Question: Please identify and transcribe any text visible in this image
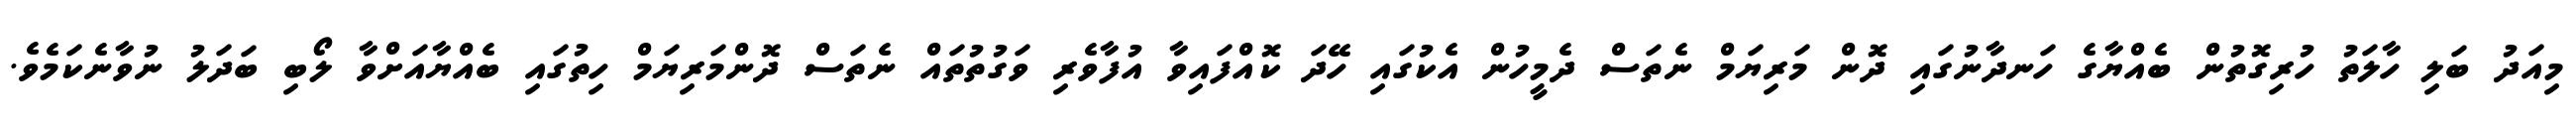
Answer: މިއަދު ބަލި ހާލަތު ހުރިގޮތުން ބެއްޔާގެ ހަނދާނުގައި ދޮން މަރިޔަމް ނެތަސް ދެމީހުން އެކުގައި ހޭދަ ކޮއްފައިވާ އުފާވެރި ވަގުތުތައް ނެތަސް ދޮންމަރިޔަމް ހިތުގައި ބެއްޔާއަށްވާ ލޯބި ބަދަލު ނުވާނެކަމެވެ.